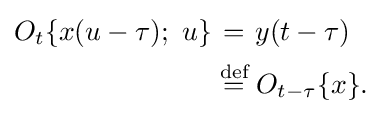
{\begin{aligned}O_{t}\{x(u-\tau );\ u\}&\mathrel {\stackrel {\quad }{=}} y(t-\tau )\\&\mathrel {\stackrel {\text{def}}{=}} O_{t-\tau }\{x\}.\,\end{aligned}}